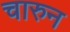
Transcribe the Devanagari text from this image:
चारुन